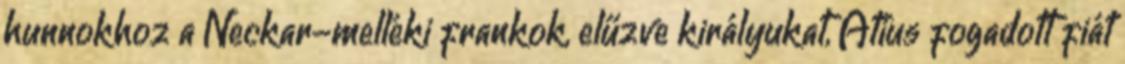
hunnokhoz a Neckar-melléki frankok, elűzve királyukat, Atius fogadott fiát